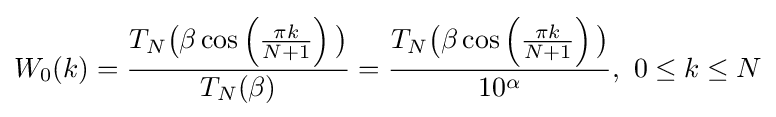
W_{0}(k)={\frac {T_{N}{\big (}\beta \cos \left({\frac {\pi k}{N+1}}\right){\big )}}{T_{N}(\beta )}}={\frac {T_{N}{\big (}\beta \cos \left({\frac {\pi k}{N+1}}\right){\big )}}{10^{\alpha }}},\ 0\leq k\leq N